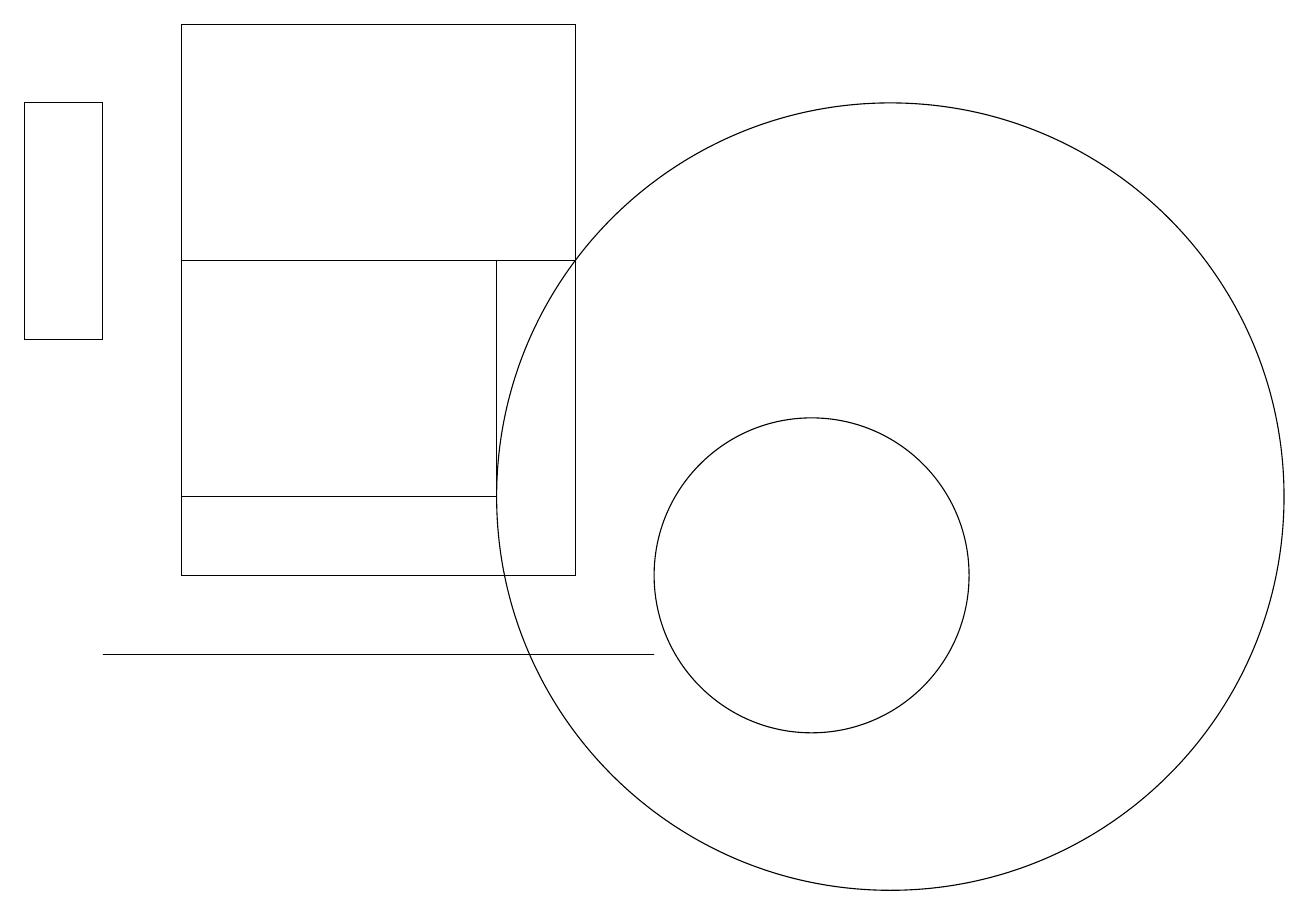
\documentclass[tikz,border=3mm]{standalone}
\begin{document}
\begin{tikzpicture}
\draw (12,12) circle (5);
\draw (3,11) rectangle (8,15);
\draw (8,18) rectangle (3,11);
\draw (11,11) circle (2);
\draw (2,10) rectangle (9,10);
\draw (1,17) rectangle (2,14);
\draw (7,12) rectangle (3,15);
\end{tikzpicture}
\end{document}